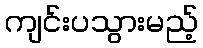
ကျင်းပသွားမည့်